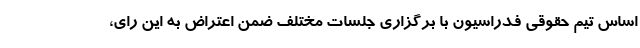
اساس تیم حقوقی فدراسیون با برگزاری جلسات مختلف ضمن اعتراض به این رای،